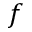
f